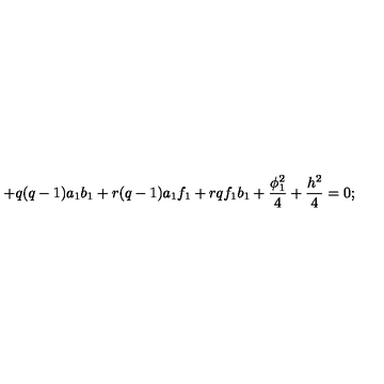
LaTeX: + q ( q - 1 ) a _ { 1 } b _ { 1 } + r ( q - 1 ) a _ { 1 } f _ { 1 } + r q f _ { 1 } b _ { 1 } + \frac { \phi _ { 1 } ^ { 2 } } { 4 } + \frac { h ^ { 2 } } { 4 } = 0 ;